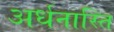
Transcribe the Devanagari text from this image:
अर्धनास्ति